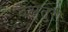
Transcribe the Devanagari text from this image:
वेलतुरी